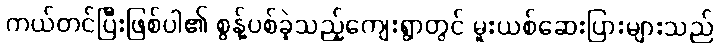
ကယ်တင်ပြီးဖြစ်ပါ၏ စွန့်ပစ်ခဲ့သည့်ကျေးရွာတွင် မူးယစ်ဆေးပြားများသည်